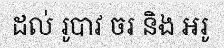
ដល់ រូបាវ ចរ និង អរូ